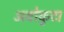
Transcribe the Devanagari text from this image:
अबोकुटा